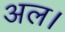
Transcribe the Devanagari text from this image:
अल।